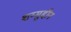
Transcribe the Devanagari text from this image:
शम्मुद्दीन